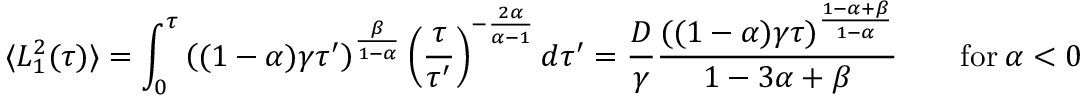
\langle L _ { 1 } ^ { 2 } ( \tau ) \rangle = \int _ { 0 } ^ { \tau } \left( ( 1 - \alpha ) \gamma \tau ^ { \prime } \right) ^ { \frac { \beta } { 1 - \alpha } } \left( \frac { \tau } { \tau ^ { \prime } } \right) ^ { - \frac { 2 \alpha } { \alpha - 1 } } d \tau ^ { \prime } = \frac { D } { \gamma } \frac { ( ( 1 - \alpha ) \gamma \tau ) ^ { \frac { 1 - \alpha + \beta } { 1 - \alpha } } } { 1 - 3 \alpha + \beta } \qquad \mathrm { f o r } \ \alpha < 0 \ .